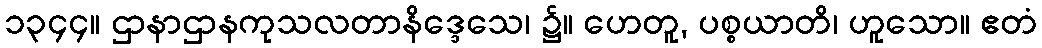
၁၃၄၄။ ဌာနာဌာနကုသလတာနိဒ္ဒေသေ၊ ၌။ ဟေတူ, ပစ္စယာတိ၊ ဟူသော။ ဧတံ